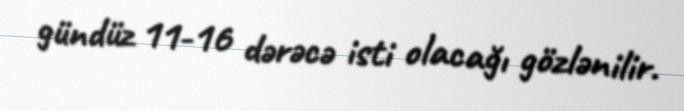
gündüz 11-16 dərəcə isti olacağı gözlənilir.